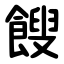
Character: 餿